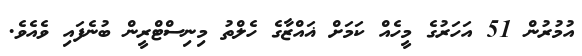
އުމުރުން 51 އަހަރުގެ މީހެއް ކަމަށް ޣައްޒާގެ ހެލްތު މިނިސްޓްރީން ބުނެފައި ވެއެވެ.